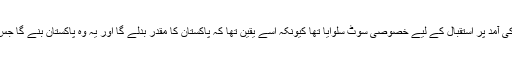
اُس نے 23 جون کو اپنے محبوب قائد کی آمد پر استقبال کے لیے خصوصی سوٹ سلوایا تھا کیونکہ اُسے یقین تھا کہ پاکستان کا مقدر بدلے گا اور یہ وہ پاکستان بنے گا جس کا خواب بانیانِ پاکستان نے دیکھا تھا۔